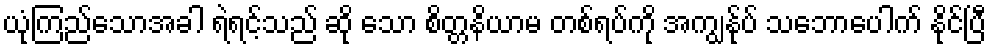
ယုံကြည်သောအခါ ရဲရင့်သည် ဆို သော စိတ္တနိယာမ တစ်ရပ်ကို အကျွန်ုပ် သဘောပေါက် နိုင်ပြီ